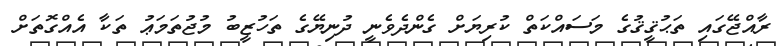
ރާއްޖޭގައި ތަޙުޤީޤުގެ މަސައްކަތް ކުރިޔަށް ގެންދެވެނީ ދުނިޔޭގެ ތަހުޒީބު މުޖުތަމަޢު ތަކާ އެއްގޮތަށް